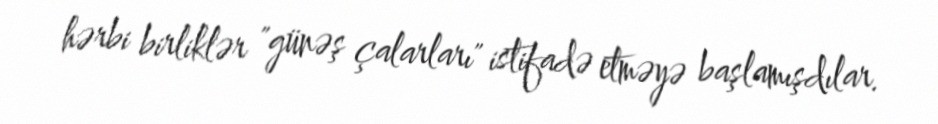
hərbi birliklər "günəş çalarları" istifadə etməyə başlamışdılar.